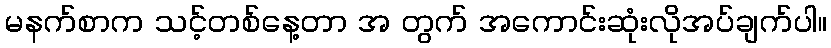
မနက်စာက သင့်တစ်နေ့တာ အ တွက် အကောင်းဆုံးလိုအပ်ချက်ပါ။